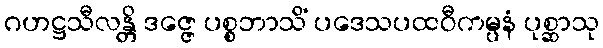
ဂဟဋ္ဌသီလန္တိ ဒဇ္ဇေ ပစ္စဘာသိံ ပဒေသပထဝီကမ္ပနံ ပုစ္ဆာသု